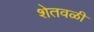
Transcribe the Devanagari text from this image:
शेतवळी